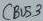
Text: CBUS3